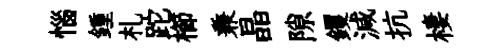
惱鍾札跎櫛兼晶隙钁減抗棲